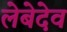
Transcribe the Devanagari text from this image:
लेबेदेव